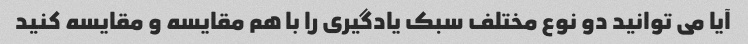
آیا می توانید دو نوع مختلف سبک یادگیری را با هم مقایسه و مقایسه کنید